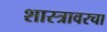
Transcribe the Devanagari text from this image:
शास्त्रावरचा